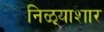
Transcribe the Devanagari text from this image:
निळ्याशार